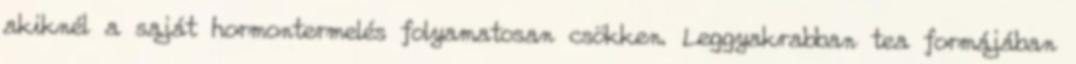
akiknél a saját hormontermelés folyamatosan csökken. Leggyakrabban tea formájában